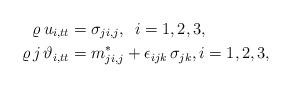
LaTeX: \begin{align*} \varrho \, {u}_{i,tt}&=\sigma_{ji,j} , \ \, i=1,2,3,\\ \varrho \,j\, {\vartheta}_{i,tt}&=m_{ji,j}^* + \epsilon_{ijk}\,\sigma_{jk} , i=1,2,3,\end{align*}